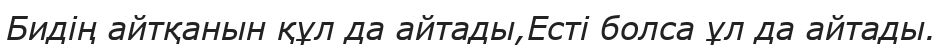
Бидің айтқанын құл да айтады,Есті болса ұл да айтады.